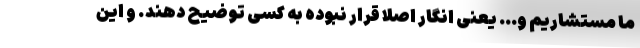
ما مستشاریم و… یعنی انگار اصلا قرار نبوده به کسی توضیح دهند. و این